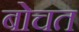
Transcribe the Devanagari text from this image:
बोचत